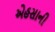
એહસાની